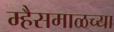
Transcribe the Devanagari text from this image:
म्हैसमाळच्या